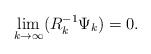
\begin{align*} & \lim_{k \to \infty} (R_k^{-1} \Psi_k)=0. \end{align*}